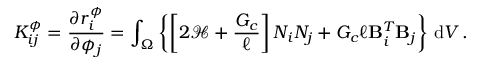
K _ { i j } ^ { \phi } = \frac { \partial r _ { i } ^ { \phi } } { \partial \phi _ { j } } = \int _ { \Omega } \left\{ \left[ 2 \mathcal { H } + \frac { G _ { c } } { \ell } \right] N _ { i } N _ { j } + G _ { c } \ell \mathbf { B } _ { i } ^ { T } \mathbf { B } _ { j } \right\} \, \mathrm { d } V \, .